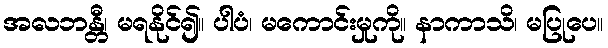
အလဘန္တီ၊ မရနိုင်၍။ ပါပံ၊ မကောင်းမှုကို။ နာကာသိ၊ မပြုပေ။